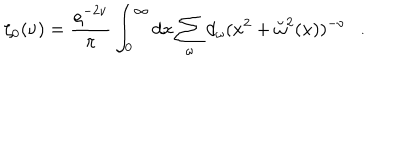
LaTeX: \zeta _ { 0 } ( \nu ) = { \frac { \varrho ^ { - 2 \nu } } { \pi } } \int _ { 0 } ^ { \infty } d x \sum _ { \omega } d _ { \omega } ( x ^ { 2 } + \breve { \omega } ^ { 2 } ( x ) ) ^ { - \nu } .